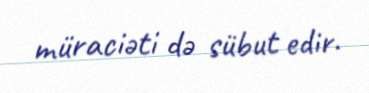
müraciəti də sübut edir.